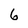
Character: 6